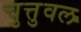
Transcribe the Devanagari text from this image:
चुत्तुवल